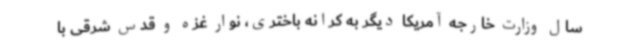
سال وزارت خارجه آمریکا دیگر به کرانه باختری، نوار غزه و قدس شرقی با